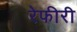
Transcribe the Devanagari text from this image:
रेफीरी